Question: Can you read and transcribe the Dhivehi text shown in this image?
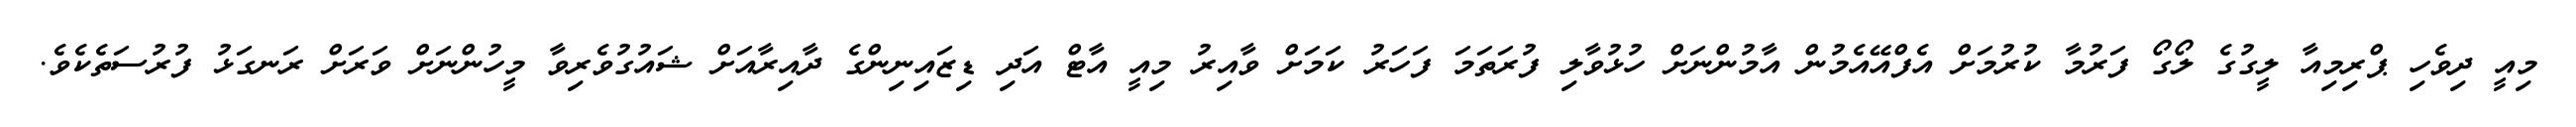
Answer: މިއީ ދިވެހި ޕްރިމިއާ ލީގުގެ ލޯގޯ ފަރުމާ ކުރުމަށް އެފްއޭއެމުން އާމުންނަށް ހުޅުވާލި ފުރަތަމަ ފަހަރު ކަމަށް ވާއިރު މިއީ އާޓް އަދި ޑިޒައިނިންގެ ދާއިރާއަށް ޝައުގުވެރިވާ މީހުންނަށް ވަރަށް ރަނގަޅު ފުރުސަތެކެވެ.